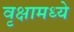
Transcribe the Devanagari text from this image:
वृक्षामध्ये